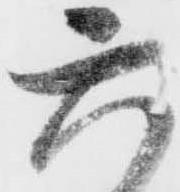
六